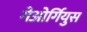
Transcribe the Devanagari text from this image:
गेओर्गियुस